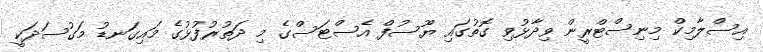
އިސްލާމިކް މިނިސްޓްރީން ވިދާޅުވި ގޮތުގައި ޔޫސުފް އެސްޓަސްގެ މި ދަތުރުފުޅުގެ މައިގަނޑު މަގުސަދަކީ